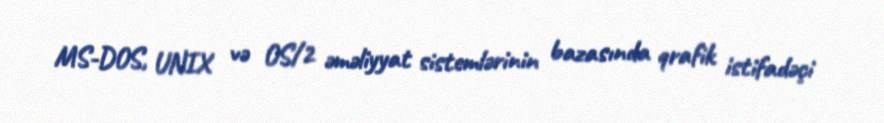
MS-DOS, UNIX və OS/2 əməliyyat sistemlərinin bazasında qrafik istifadəçi